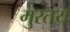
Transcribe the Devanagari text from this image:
मुरतय